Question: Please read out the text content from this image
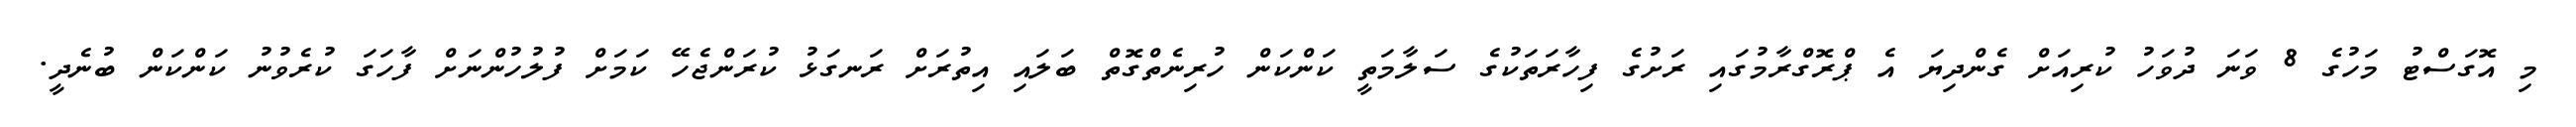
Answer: މި އޮގަސްޓު މަހުގެ 8 ވަނަ ދުވަހު ކުރިއަށް ގެންދިޔަ އެ ޕްރޮގްރާމުގައި ރަށުގެ ފިހާރަތަކުގެ ސަލާމަތީ ކަންކަން ހުރިނެތްގޮތް ބަލައި އިތުރަށް ރަނގަޅު ކުރަންޖެހޭ ކަމަށް ފުލުހުންނަށް ފާހަގަ ކުރެވުނު ކަންކަން ބުނެދީ.